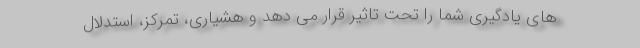
های یادگیری شما را تحت تاثیر قرار می دهد و هشیاری، تمرکز، استدلال